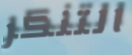
التنكر